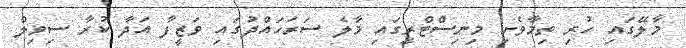
މާލޭގައި ހުރި ތިމާވެށި މިނިސްޓްރީގައި މާލެ ސަރަހައްދުގައި ވަޒީފާ އަދާ ކުރާ ސިވިލް